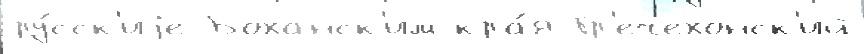
ру́сск'иjе Боханск'им кра́я Гр'ечехонск'ий